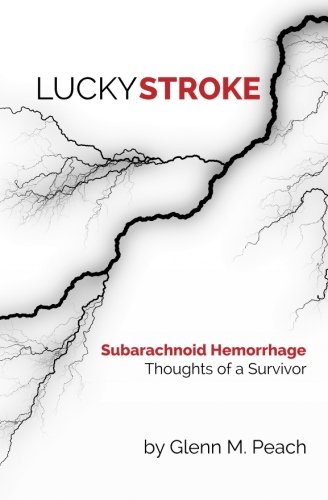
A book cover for Lucky Stroke: SAH - Thoughts of a Survivor; Glenn M. Peach; Health, Fitness & Dieting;